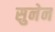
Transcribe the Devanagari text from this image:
सुनेन